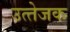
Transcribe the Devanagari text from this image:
उत्‍तेजक